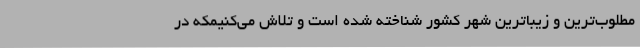
مطلوب‌ترین و زیباترین شهر کشور شناخته شده است و تلاش می‌کنیمکه در